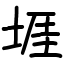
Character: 堐